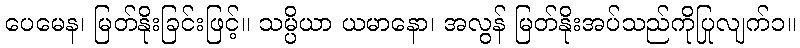
ပေမေန၊ မြတ်နိုးခြင်းဖြင့်။ သမ္ပိယာ ယမာနော၊ အလွန် မြတ်နိုးအပ်သည်ကိုပြုလျက်၁။